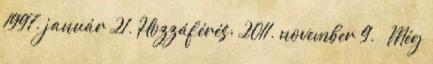
1997. január 21. Hozzáférés: 2011. november 9. ↑ Még